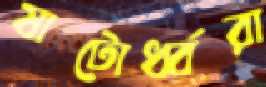
ষাটোর্ধ্বরা